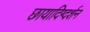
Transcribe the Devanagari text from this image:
छायादिग्दर्शन